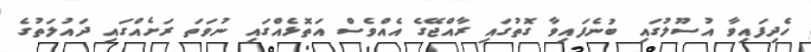
ހެދިފައިވާ އުސޫލުގައި ބުނެފައިވާ ގޮތުގައި ރާއްޖޭގެ އެއްވެސް އަތޮޅެއްގައި ނުވަތަ ރަށެއްގައި ދައުލަތުގެ